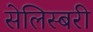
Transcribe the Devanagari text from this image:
सेलिस्बरी